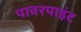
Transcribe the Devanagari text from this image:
पावरपाइंट